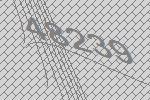
48239